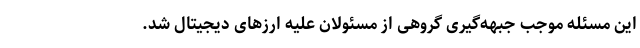
این مسئله موجب جبهه‌گیری گروهی از مسئولان علیه ارزهای دیجیتال شد.